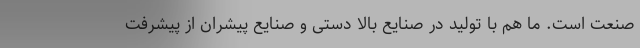
صنعت است. ما هم با تولید در صنایع بالا دستی و صنایع پیشران از پیشرفت